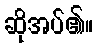
ဆိုအပ်၏။